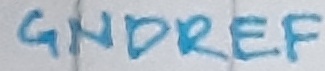
Text: GNDREF